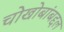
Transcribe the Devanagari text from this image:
चोखोबांबद्दल